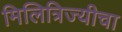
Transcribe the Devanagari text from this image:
मिलित्रिज्यीचा